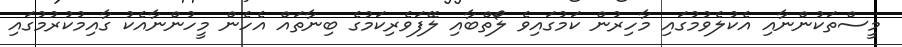
މީސްތަކުންނާއި އެކުލެވުމުގައި މާހިރުން ކަމުގައިވެ ލޯތްބާއި ލޭފަވެރިކަމުގެ ބިނާތައް އެހެން މީހުންނާއެކު ގާއިމުކުރުމުގައި